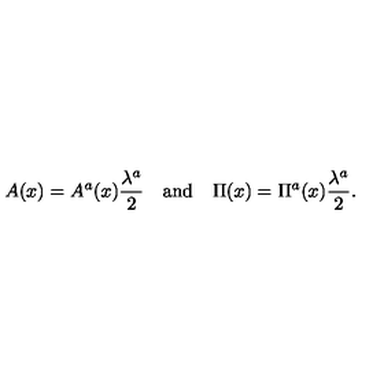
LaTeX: A ( x ) = A ^ { a } ( x ) \frac { \lambda ^ { a } } { 2 } \quad \mathrm { a n d } \quad \Pi ( x ) = \Pi ^ { a } ( x ) \frac { \lambda ^ { a } } { 2 } .